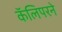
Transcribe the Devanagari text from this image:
कॅलिपरने